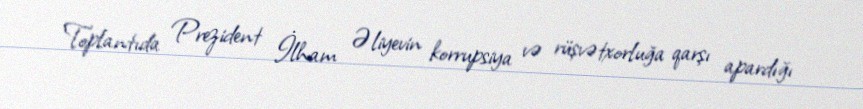
Toplantıda Prezident İlham Əliyevin korrupsiya və rüşvətxorluğa qarşı apardığı